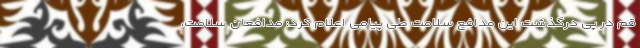
قم در پی درگذشت این مدافع سلامت طی پیامی اعلام کرد: مدافعان سلامت،